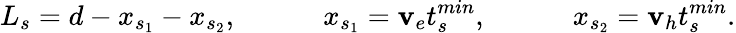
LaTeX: L_{s}=d-x_{s_{1}}-x_{s_{2}},~~~~~~~~~~~~x_{s_{1}}=\mathbf{v}_{e}t_{s}^{min},~~~~~~~~~~~~x_{s_{2}}=\mathbf{v}_{h}t_{s}^{min}.